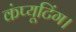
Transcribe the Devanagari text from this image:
कंप्यूटिंग।